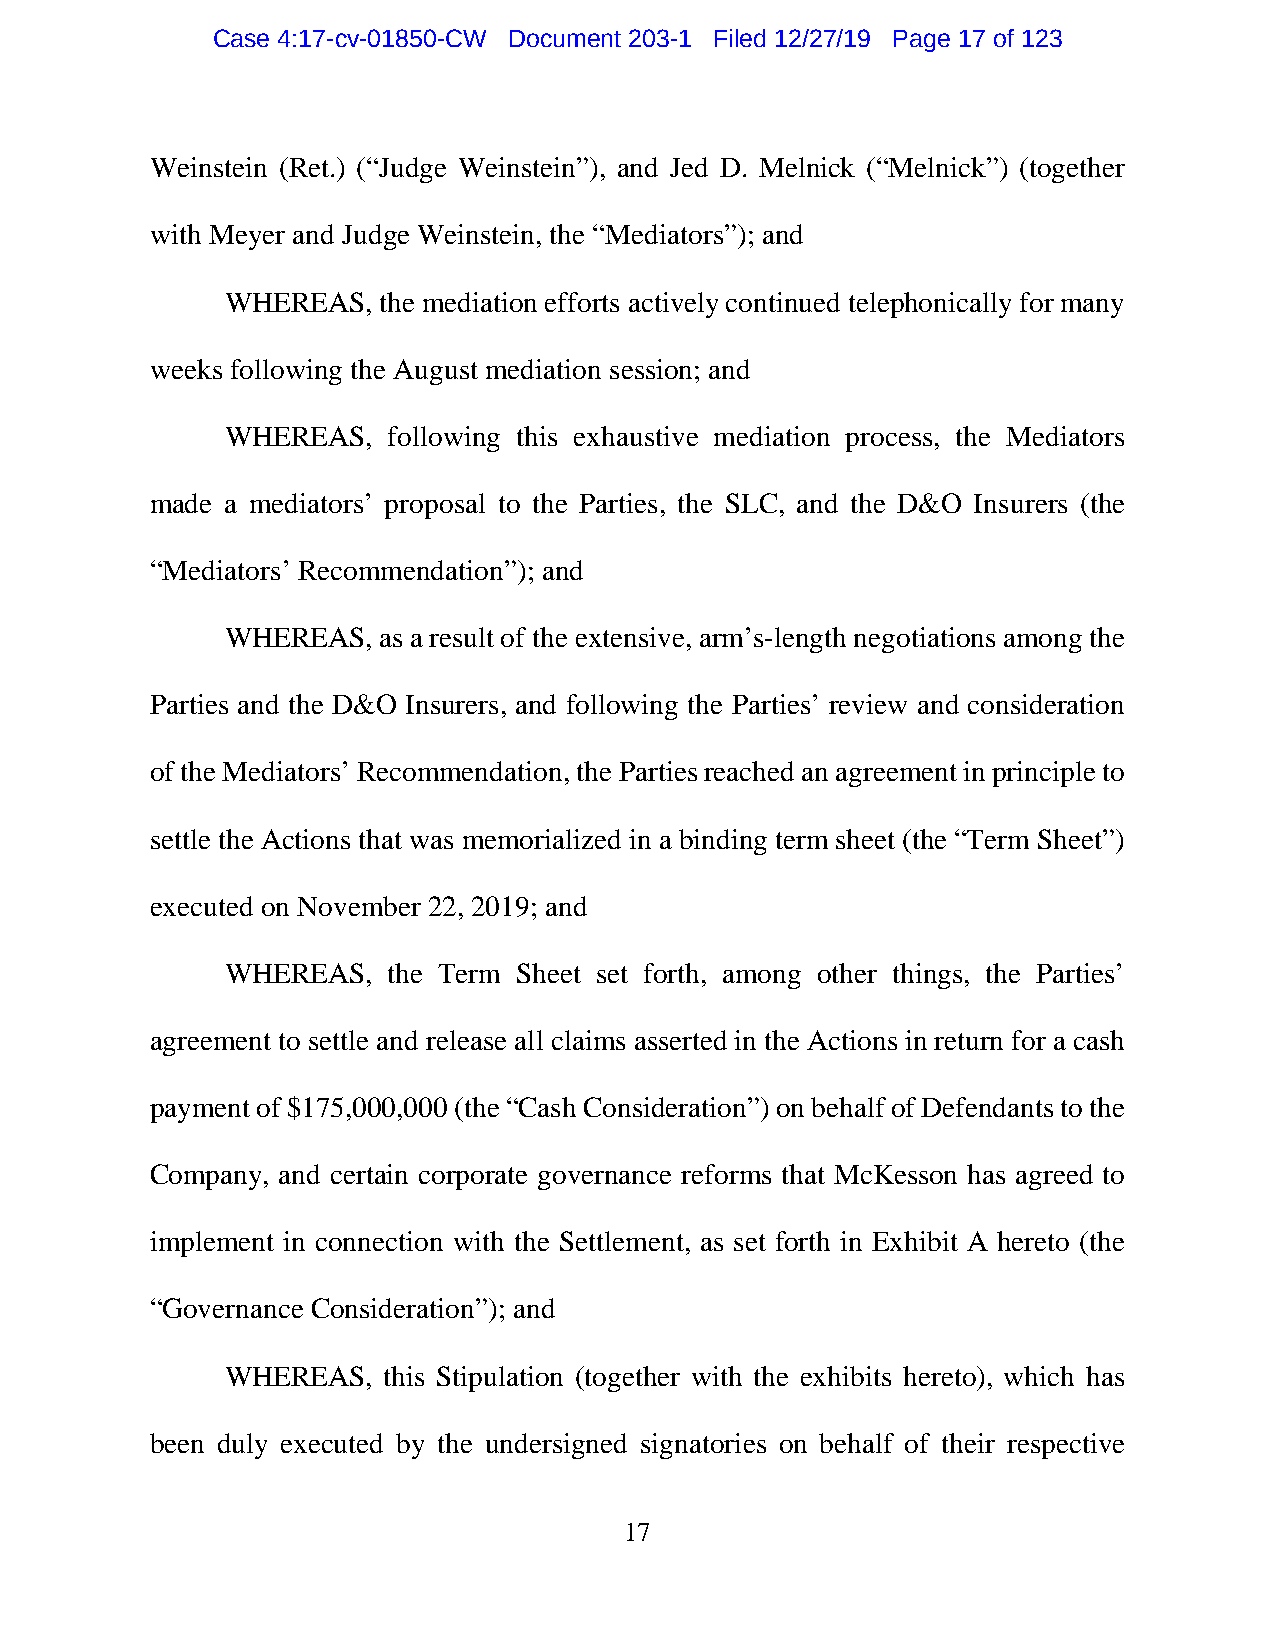
Case 4:17-cv-01850-CW Document 203-1 Filed 12/27/19 Page 17 of 123
 Weinstein (Ret.) (“Judge Weinstein”), and Jed D. Melnick (“Melnick”) (together
 with Meyer and Judge Weinstein, the “Mediators”); and
 WHEREAS,  the mediation efforts actively continued telephonically for many
 weeks following the August mediation session; and
 WHEREAS,   following this exhaustive mediation process, the Mediators
 made a mediators’ proposal to the Parties, the SLC, and the D&O Insurers (the
 “Mediators’ Recommendation”); and
 WHEREAS,  as a result of the extensive, arm’s-length negotiations among the
 Parties and the D&O Insurers, and following the Parties’ review and consideration
 of the Mediators’ Recommendation, the Parties reached an agreement in principle to
 settle the Actions that was memorialized in a binding term sheet (the “Term Sheet”)
 executed on November 22, 2019; and
 WHEREAS,   the Term Sheet set forth, among other things, the Parties’
 agreement to settle and release all claims asserted in the Actions in return for a cash
 payment of $175,000,000 (the “Cash Consideration”) on behalf of Defendants to the
 Company, and certain corporate governance reforms that McKesson has agreed to
 implement in connection with the Settlement, as set forth in Exhibit A hereto (the
 “Governance Consideration”); and
 WHEREAS,  this Stipulation (together with the exhibits hereto), which has
 been duly executed by the undersigned signatories on behalf of their respective
 17